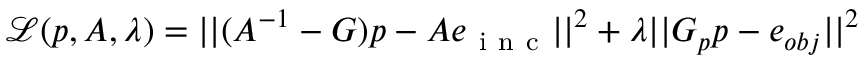
\mathcal { L } ( p , A , \lambda ) = | | ( A ^ { - 1 } - G ) p - A e _ { \mathrm { ~ i ~ n ~ c ~ } } | | ^ { 2 } + \lambda | | G _ { p } p - e _ { o b j } | | ^ { 2 }